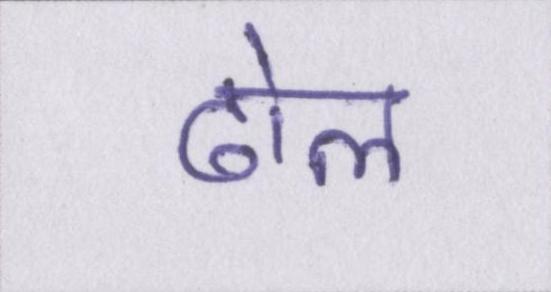
ढोल